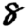
Digit: 8